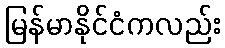
မြန်မာနိုင်ငံကလည်း